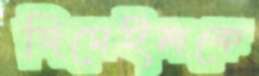
জিমেইলকে